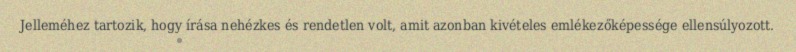
Jelleméhez tartozik, hogy írása nehézkes és rendetlen volt, amit azonban kivételes emlékezőképessége ellensúlyozott.